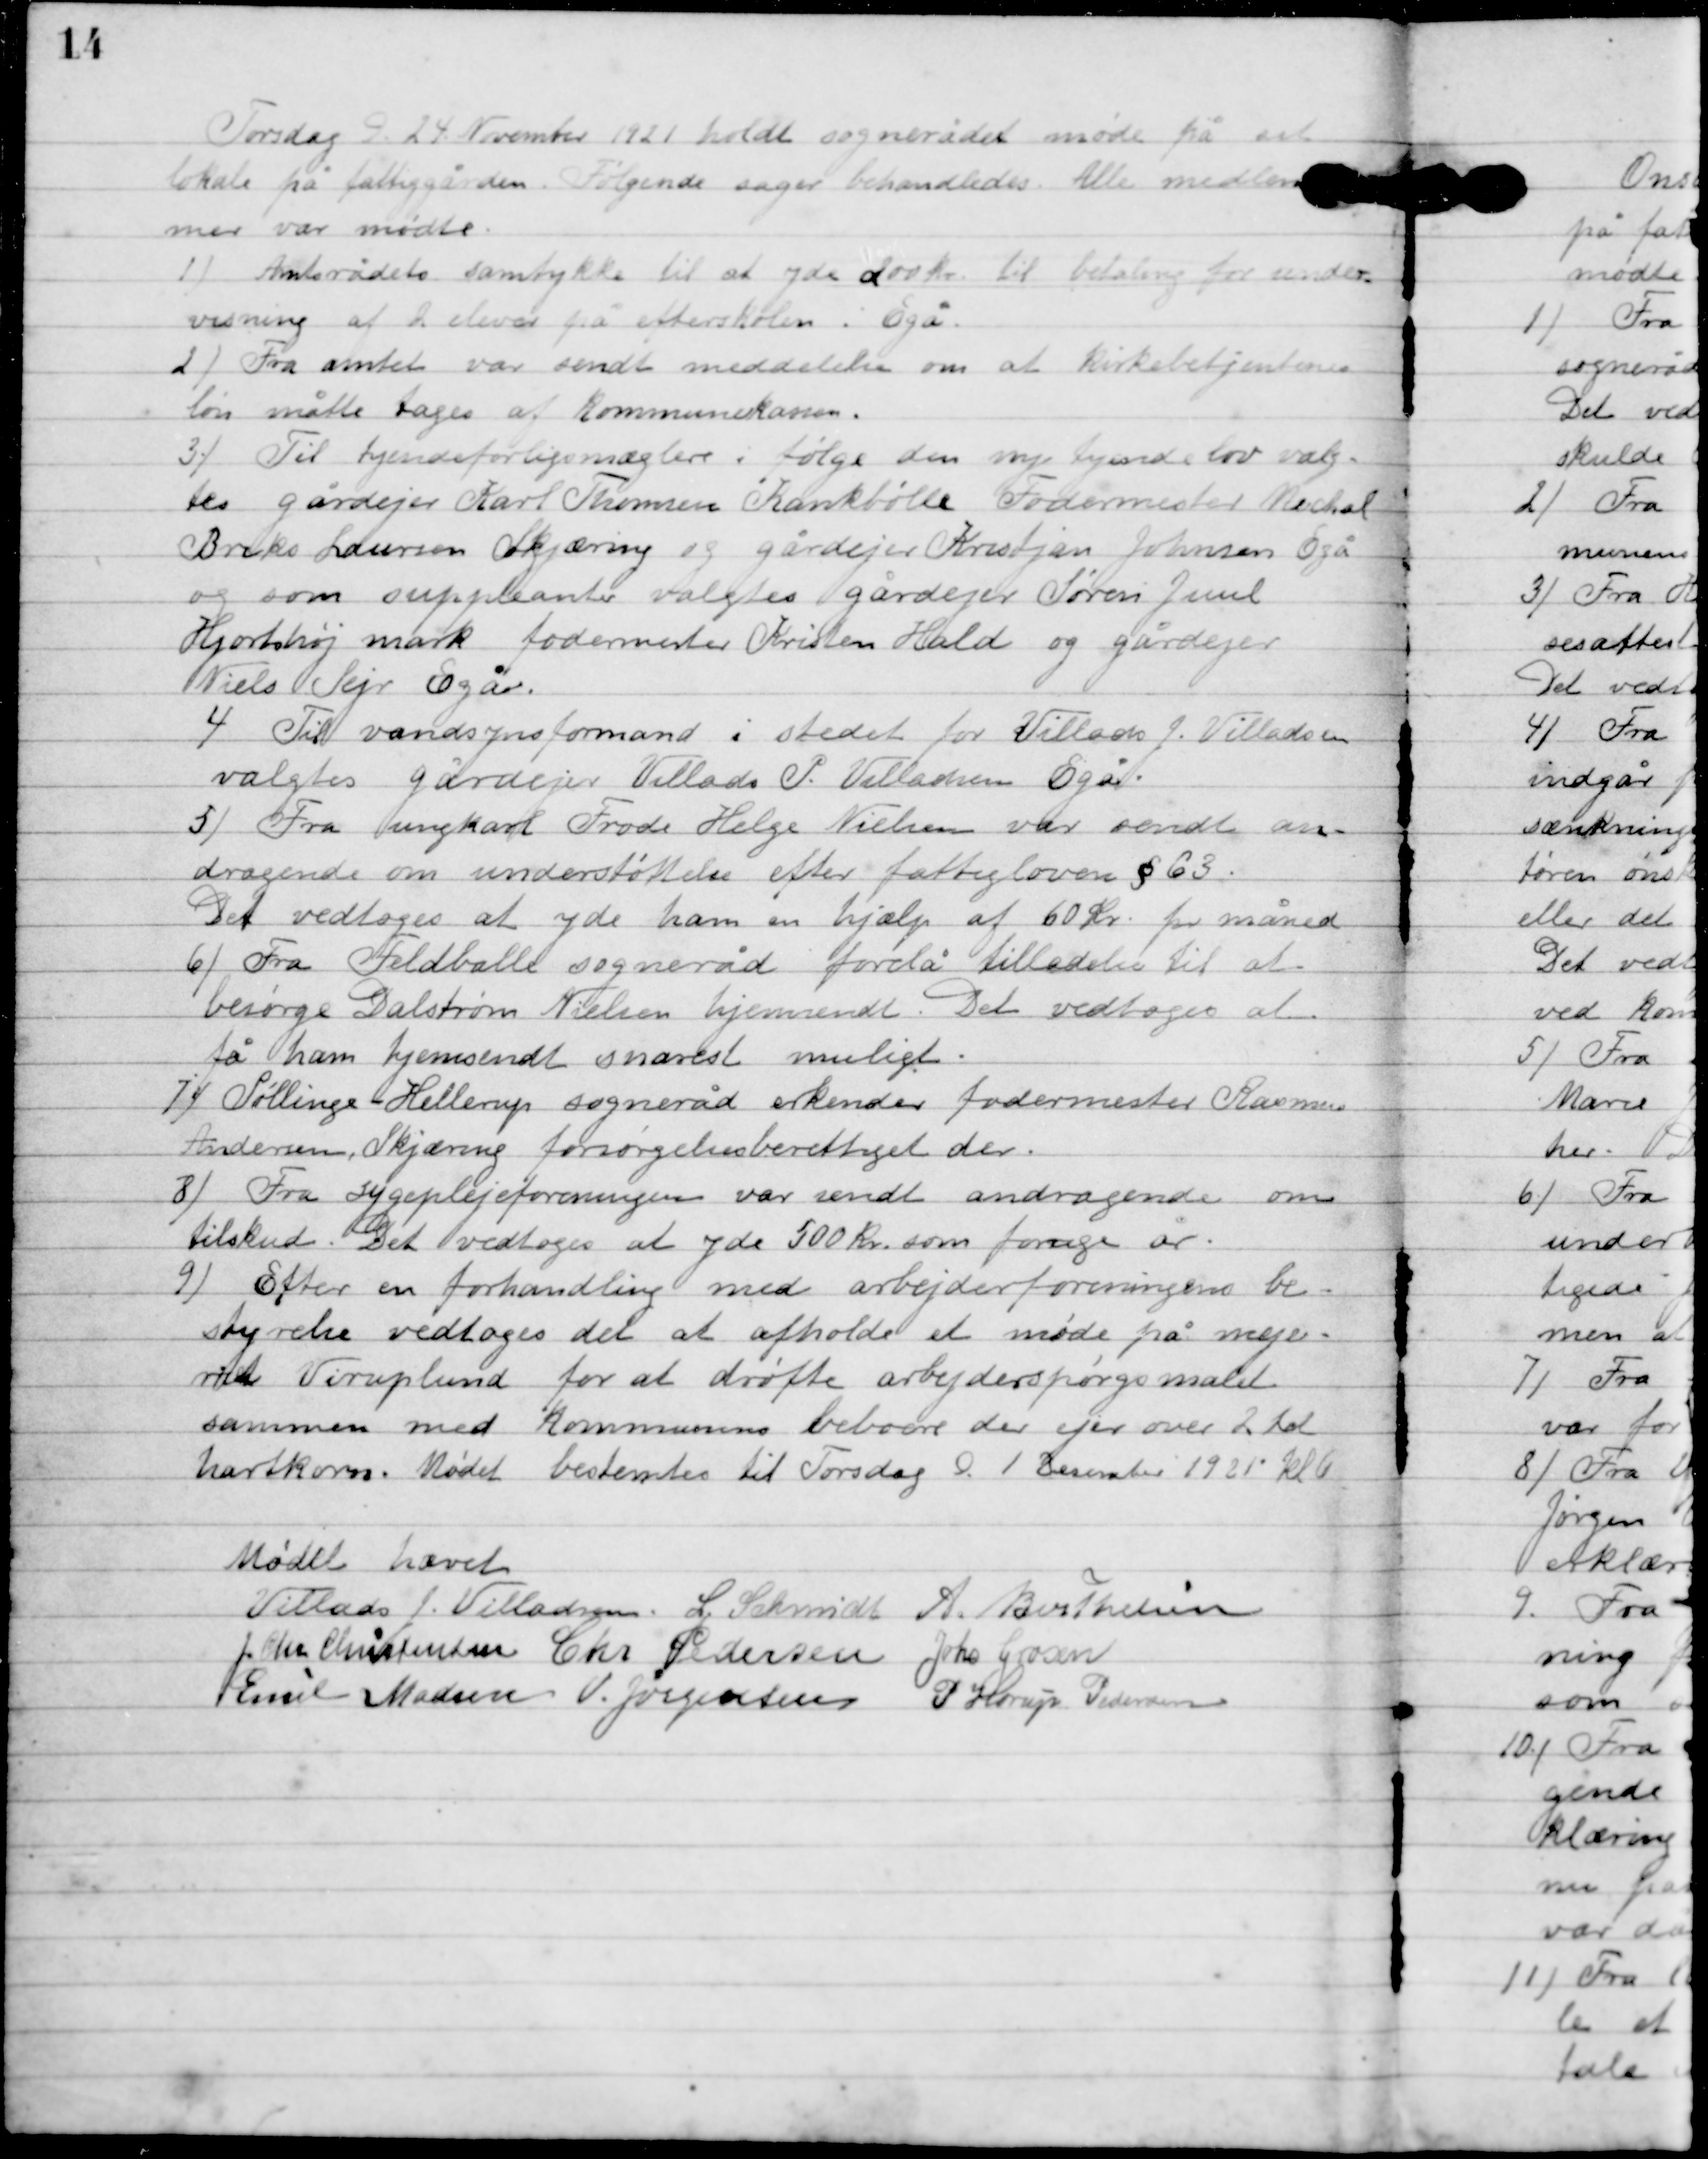
Transskription:
Torsdag D. 24. November holdt sognerådet møde på sit
lokale på fattiggården. Følgende sager behandles: Alle medlem-
mer var mødte:

1

Amtsrådets samtykke til at yde 200 kr. til betaling for under-
visning af 2 elever på efterskolen i Egå.

2

Fra amtet var sendt meddelelse om at kirkebetjentens
løn måtte tages af Kommunekassen.

3

Til tyende forliges mæglere ifølge den nye tyendelov valg-
tes gårdejer Karl Thomsens Krankbølle fodermester Michael
Berke Laursens Skjæring og gårdejer Kristijan Johansen Egå
og som suppleanter valgtes gårdejer Søren Juul
Hjortshøj mark fodermester Kristen Hald og gårdejer
Niels Sejr Egå.

4

Til vandsynsformand i stedet for Villads J. Villadsen
valgtes gårdejer Villads P. Villadsens Egå.

5

Fra ungkarl Frode Helge Nielssen var sendt an-
dragende om understøttelse efter fattigloven § 63.
Det vedtoges at yde ham en hælp af 60 kr. pr måned.

6

Fra Feldballe sogneråd forelå tilladelse til at
besørge Dalstrøm Nielsen hjemsendt. Det vedtoges at
få ham hjemsendt snarest muligt.

7

Søllinge Hellerup sogneråd erkender fodermester Rasmus
Andersen Skjæring forsørgelsesberettiget der.

8

Fra sygeplejeforeningen var sendt andragende om
tilskud. Det vedtoges at yde 500 kr. som forrige år.

9

Efter en forhandling med arbejderforeningens be-
styrelse vedtoges det at afholde et møde på mejeri
ved Viruplund for at drøfte arbejdsspørgsmålet
sammen med Kommunens beboere der ejer over 2 lod
hartkorn. Mødet bestemtes til Torsdag D. 1. December 1921 Kl. 6.

Mødet hævet

Villads J. Villadsen
L. Schmidt
A. Berthelsen
I. Chr. Christensen
Chr. Pedersen
Johs. Grosen
Emil Madsen
V. Jørgensen
P. Henry Pedersen